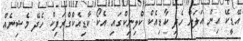
އޭޑީކޭ އިން އަލަށް ހެދި ކާޑިއެކް ކްލިނިކްގައި އެކޯ ކާޑިއެކްގްރަފިކް ހެދޭ މެޝިނެއް